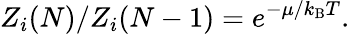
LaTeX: Z_{i}(N)/Z_{i}(N-1)=e^{-\mu/k_{\mathrm{{B}}}T}.